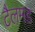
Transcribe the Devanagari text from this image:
टैलमड